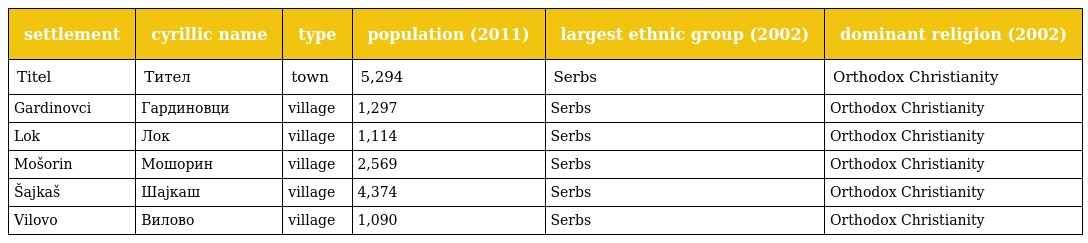
| settlement | cyrillic name | type | population (2011) | largest ethnic group (2002) | dominant religion (2002) |
 | --- | --- | --- | --- | --- | --- |
 | Titel | Тител | town | 5,294 | Serbs | Orthodox Christianity |
 | Gardinovci | Гардиновци | village | 1,297 | Serbs | Orthodox Christianity |
 | Lok | Лок | village | 1,114 | Serbs | Orthodox Christianity |
 | Mošorin | Мошорин | village | 2,569 | Serbs | Orthodox Christianity |
 | Šajkaš | Шајкаш | village | 4,374 | Serbs | Orthodox Christianity |
 | Vilovo | Вилово | village | 1,090 | Serbs | Orthodox Christianity |